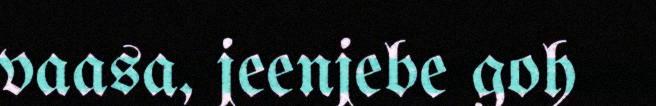
vaasa, jeenjebe goh